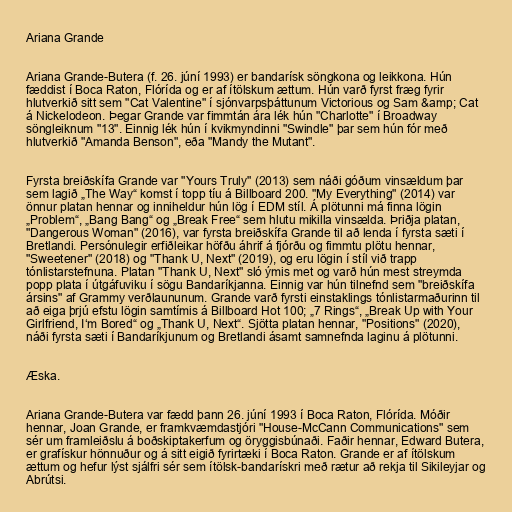
Ariana Grande

Ariana Grande-Butera (f. 26. júní 1993) er bandarísk söngkona og leikkona. Hún
fæddist í Boca Raton, Flórída og er af ítölskum ættum. Hún varð fyrst fræg fyrir
hlutverkið sitt sem "Cat Valentine" í sjónvarpsþáttunum Victorious og Sam &amp; Cat
á Nickelodeon. Þegar Grande var fimmtán ára lék hún "Charlotte" í Broadway
söngleiknum "13". Einnig lék hún í kvikmyndinni "Swindle" þar sem hún fór með
hlutverkið "Amanda Benson", eða "Mandy the Mutant".

Fyrsta breiðskífa Grande var "Yours Truly" (2013) sem náði góðum vinsældum þar
sem lagið „The Way“ komst í topp tíu á Billboard 200. "My Everything" (2014) var
önnur platan hennar og inniheldur hún lög í EDM stíl. Á plötunni má finna lögin
„Problem“, „Bang Bang“ og „Break Free“ sem hlutu mikilla vinsælda. Þriðja platan,
"Dangerous Woman" (2016), var fyrsta breiðskífa Grande til að lenda í fyrsta sæti í
Bretlandi. Persónulegir erfiðleikar höfðu áhrif á fjórðu og fimmtu plötu hennar,
"Sweetener" (2018) og "Thank U, Next" (2019), og eru lögin í stíl við trapp
tónlistarstefnuna. Platan "Thank U, Next" sló ýmis met og varð hún mest streymda
popp plata í útgáfuviku í sögu Bandaríkjanna. Einnig var hún tilnefnd sem "breiðskífa
ársins" af Grammy verðlaununum. Grande varð fyrsti einstaklings tónlistarmaðurinn til
að eiga þrjú efstu lögin samtímis á Billboard Hot 100; „7 Rings“, „Break Up with Your
Girlfriend, I‘m Bored“ og „Thank U, Next“. Sjötta platan hennar, "Positions" (2020),
náði fyrsta sæti í Bandaríkjunum og Bretlandi ásamt samnefnda laginu á plötunni.

Æska.

Ariana Grande-Butera var fædd þann 26. júní 1993 í Boca Raton, Flórída. Móðir
hennar, Joan Grande, er framkvæmdastjóri "House-McCann Communications" sem
sér um framleiðslu á boðskiptakerfum og öryggisbúnaði. Faðir hennar, Edward Butera,
er grafískur hönnuður og á sitt eigið fyrirtæki í Boca Raton. Grande er af ítölskum
ættum og hefur lýst sjálfri sér sem ítölsk-bandarískri með rætur að rekja til Sikileyjar og
Abrútsi.